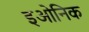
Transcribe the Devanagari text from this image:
इओनिक